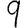
Digit: 9